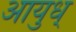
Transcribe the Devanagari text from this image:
आयुध्